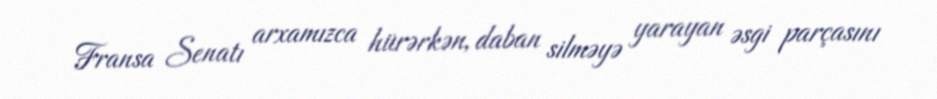
Fransa Senatı arxamızca hürərkən, daban silməyə yarayan əsgi parçasını